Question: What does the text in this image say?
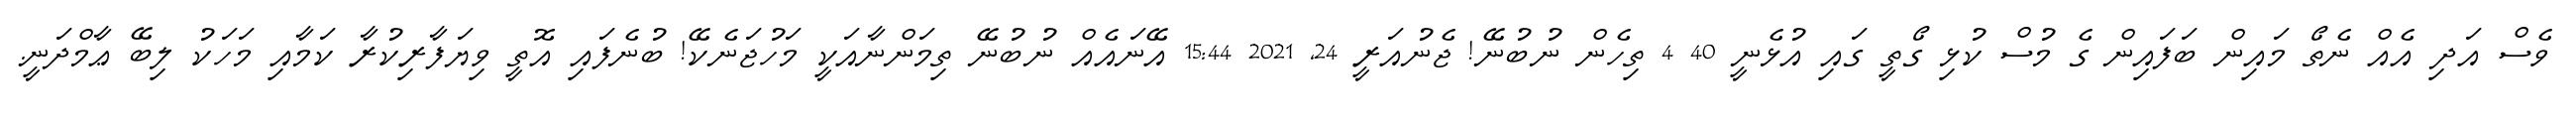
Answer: ވެސް އަދި އެއް ނެތޯ މައިން ބަފައިން ގެ މުސް ކުޅި ގޯތީ ގައި އުޅެނީ 40 4 ތިހެން ނުބުނޭ! ޖެނުއަރީ 24, 2021 15:44 އޭނައެއް ނުބުނޭ ތިމަންނާއަކީ މަހުޖަނެކޭ! ބުނެފައި އޮތީ ވިޔަފާރިކުރާ ކަމާއި މަހަކު ލިބޭ ޢާމްދަނީ.